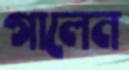
গালেন